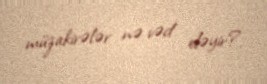
müzakirələr nə vəd eləyir?.